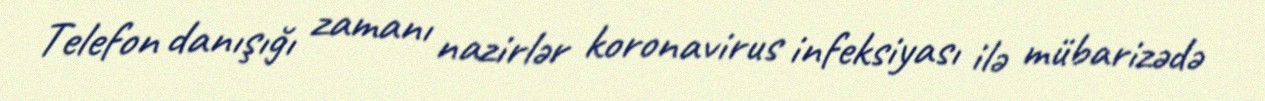
Telefon danışığı zamanı nazirlər koronavirus infeksiyası ilə mübarizədə